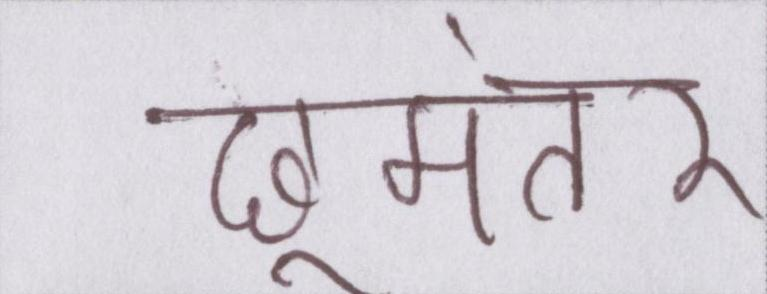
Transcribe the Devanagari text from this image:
छूमंतर